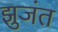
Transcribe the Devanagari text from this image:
झुजंत